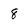
Character: 8